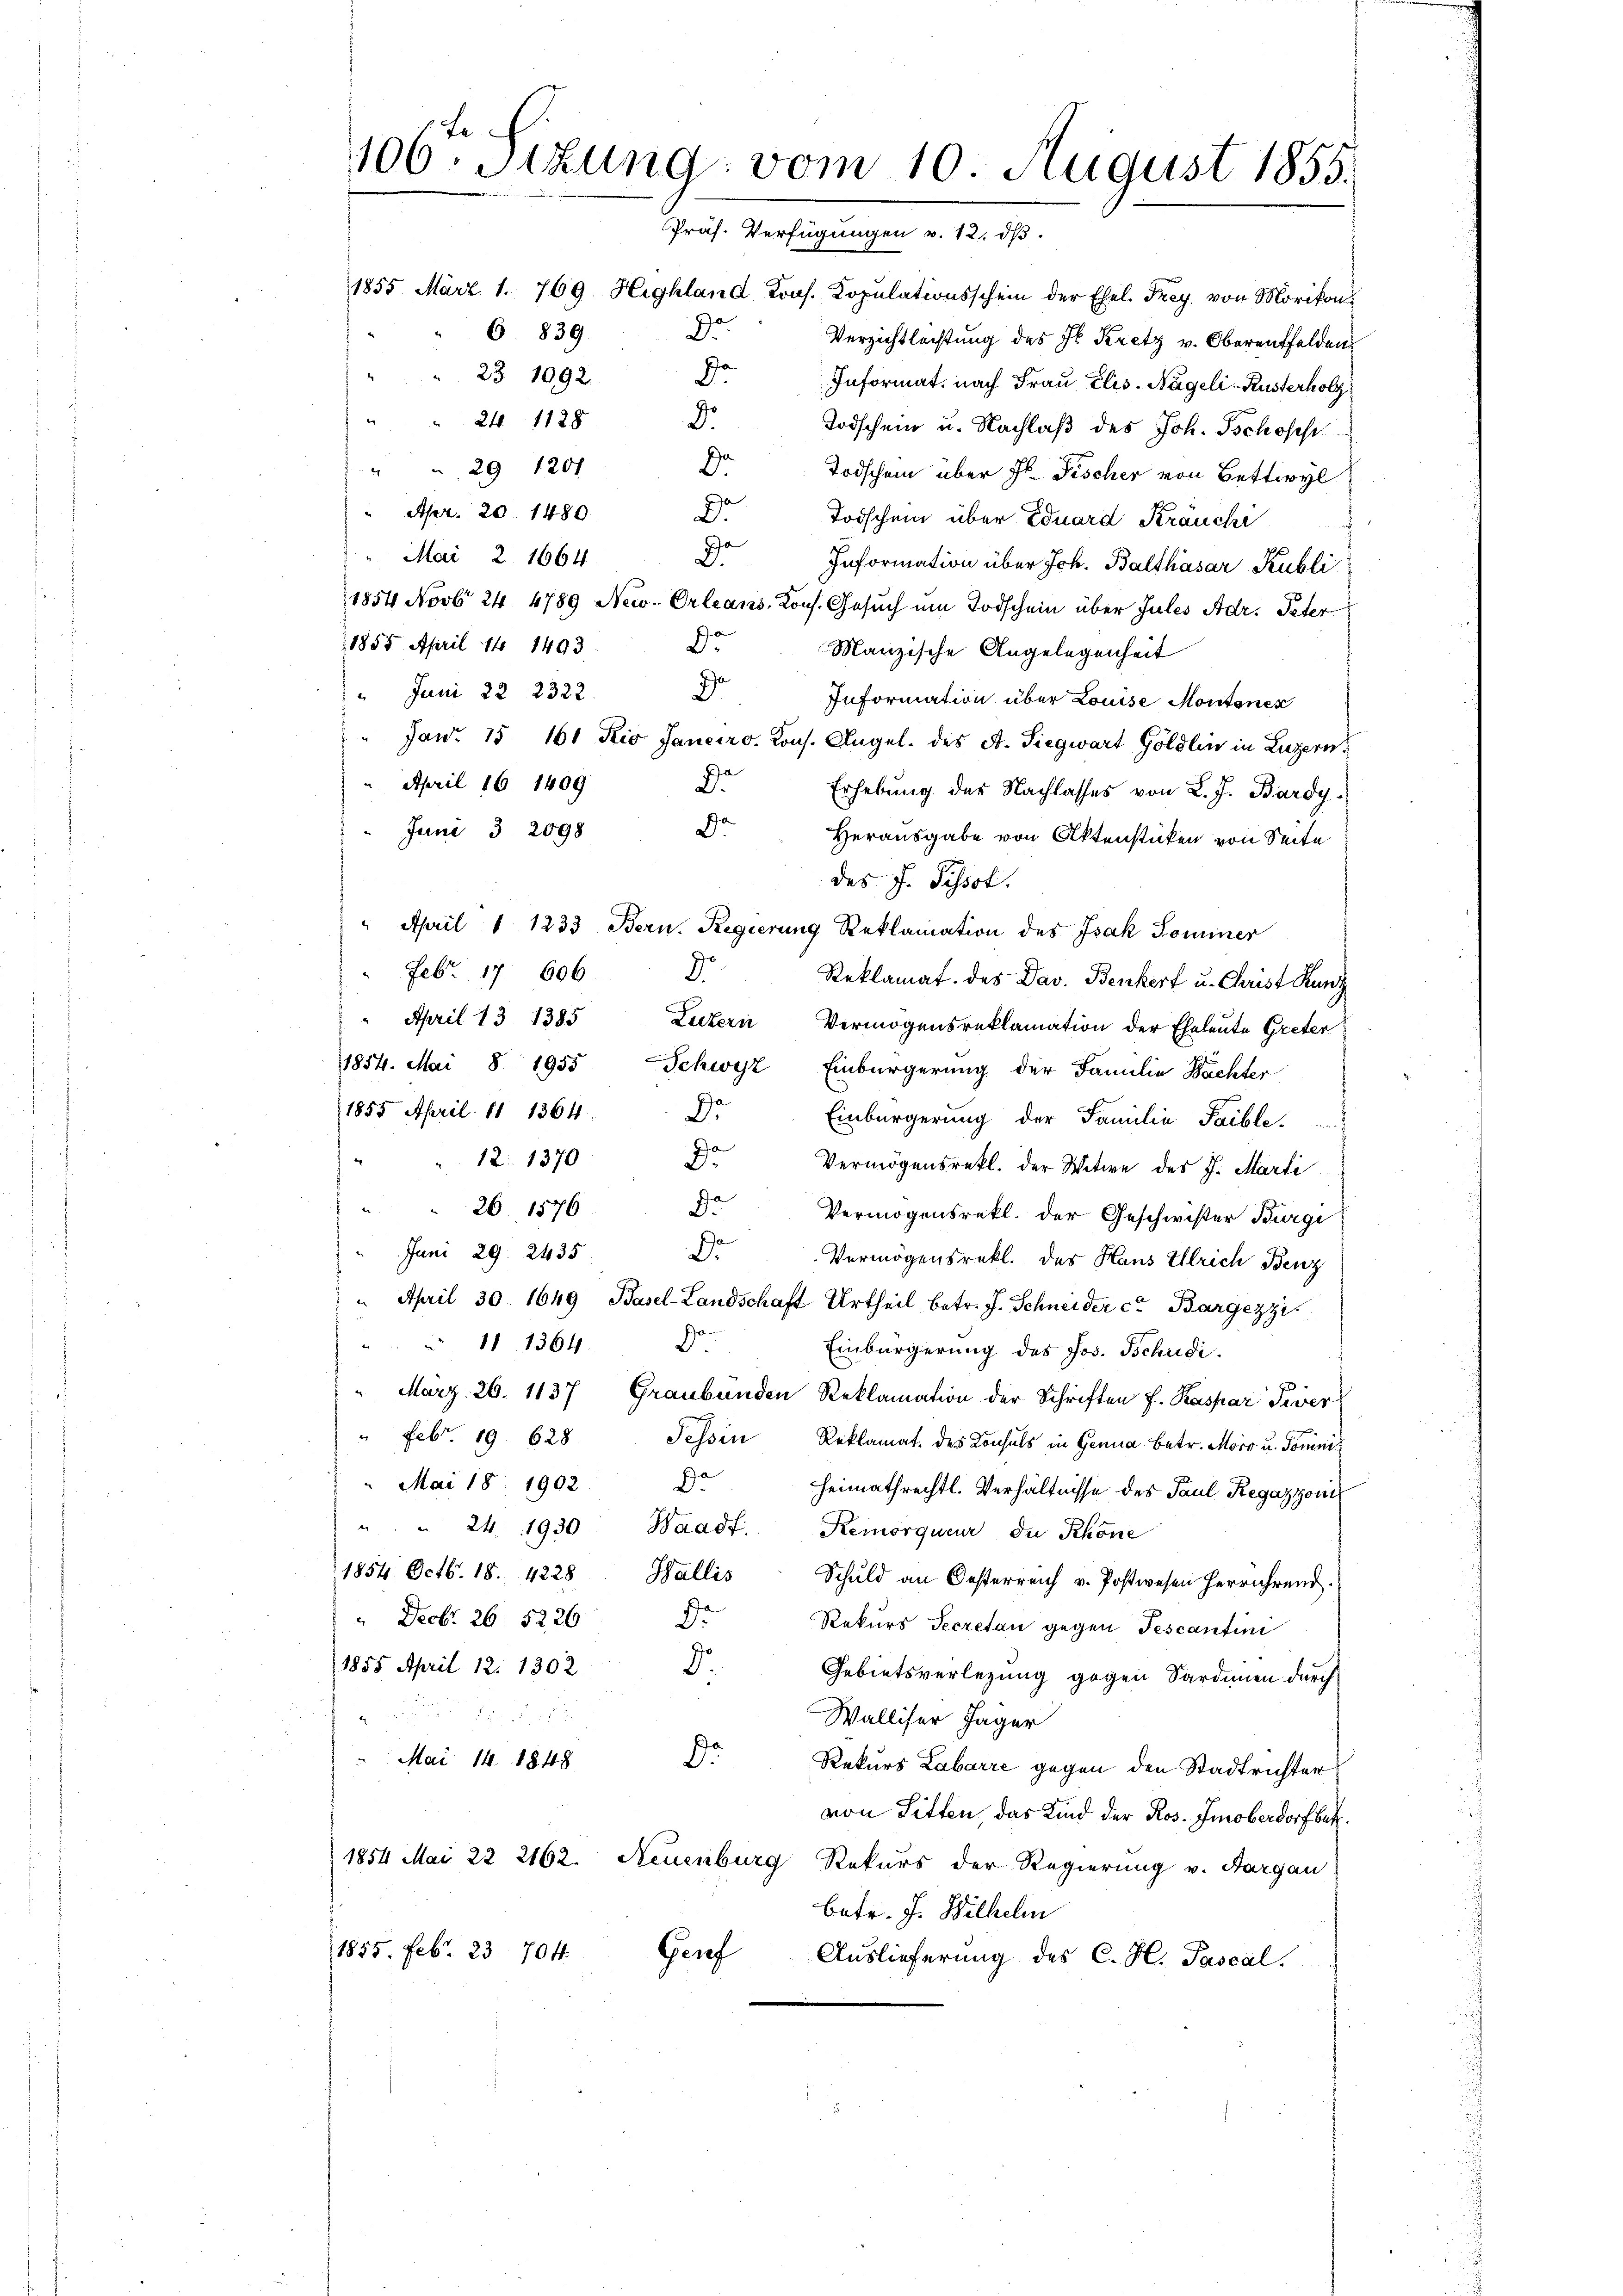
106. Sitzung vom 10. August 1855.
Präs. Verfügungen v. 12. ds.

1855 März 1. 769 Highland Prof. Kopulationsschein der Ehel. Frey. von Morikon
r
6 839
Verzichtlachtung des Jb. Kretz v. Oberentfelden
23 1092.
De
Informat, nach Frau Elis. Nägeli-Rusterholz
24. 1128
d.
Todschein u. Nachlaß des Joh. Tschoses
De
29 1201
Todschein über Hr. Fischer von Bettwyl
 Apr. 20. 1480.
o
Todschein über Eduard Kräuchi
Mai 2. 1664
Do
Information über Joh. Balthasar Kubli
1854 Novb 24 4789 New-Orleans, Kons. Gesuch um Todschein über Jules Adr. Peter
1855 April 11 1493
Dr
Manzische Angelegenheit
2
 Juni 22 2322
Information über Louise Montaner
Janr. 15 161 Kio Janeiro. Kons. Angel. des A. Siegwart Göldlin in Luzern,
April 16. 1409
.
Erhebung des Nachlasses von L. J. Bardy,
Juni 3 2098
Dr Herausgabe von Aktenstücken von Seite
des J. Pissot.
April " 1233 Bern. Regierung Reklamation des Isak Sominer
Febr. 17 606.
9.
Reklamat. des Dav. Benkert u. Christ Kunz
April 13 1385 Luzern Vermögensreklamation der Eheleute Greter
1814. Mai 8 1955 Schwyz Einbürgerung der Familie Bächter
1855 April 11 1364
r
Einbürgerung der Familie Taible.
" 12. 1370  Vermögensrek. der Witwe des J. Marti
D.
26 1876
Vermögensrekt. der Geschwister Burgi
Juni 29. 2435
Dr
Vermögensrekt. der Haus Ullrich Benz
 April 30. 1649 Basel-Landschaft Urtheil betr. J. Schneider ca Bargezzi
1
 11 1364.
d
Einbürgerung des Jos. Tschudi
p
" März 26. 1137 Graubünden Reklamation der Schriften f. Kaspar Sever
Febr. 19. 628. Tessin, Reklamat. des Konsuls in Genua betr. Moro u. Tomini¬
Mai 18. 1902 De
Heimathrechtl. Verhältnisse des Paul Regazzonis
" " 24. 1930 Waadt Remorqueur die Schöne
1854. Octb. 18. 4228. Wallis
Schuld an Oesterreich v. Postwesen herrührend.
" Decbr. 26. 5226.
Dr
Rekurs Secretan gegen Tescantini
9.
1855 April 12. 1302.
Gebietsverlegung gegen Sardinen durch
882
Walliser Jäger
D
Mai 14. 1848
Rekurs Labarre gegen den Stadtrichter
von Sitten, das Kind der Ros. Smoberdorf bet
1854 Mai 22 2162. Neuenburg Rekurs der Regierung v. Aargau
betr. J. Wilhelin
1855. Feb. 23. 704. Genf
Auslieferung des C. H. Pascal.